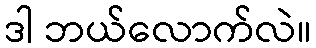
ဒါ ဘယ်လောက်လဲ။